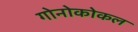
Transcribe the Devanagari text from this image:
गोनोकोकल